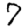
Digit: 7